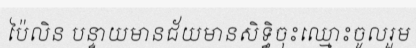
ប៉ៃលិន បន្ទាយមានជ័យមានសិទ្ធិចុះឈ្មោះចូលរួម